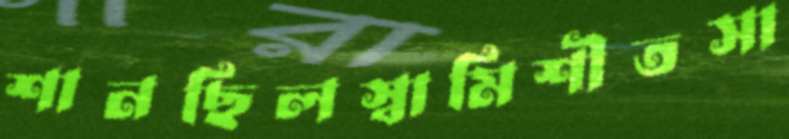
শানছিলস্বামিশীতসা